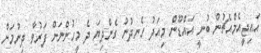
އައިޖީއެމްއެޗުން ބުނީ އައްޑޫން މިއަދު ހެނދުނު ގެންދިޔަ ދެ މީހުންނަށް ފަރުވާ ދިނުމަށް